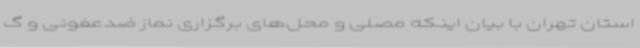
استان تهران با بیان اینکه مصلی و محل‌های برگزاری نماز ضدعفونی و گ